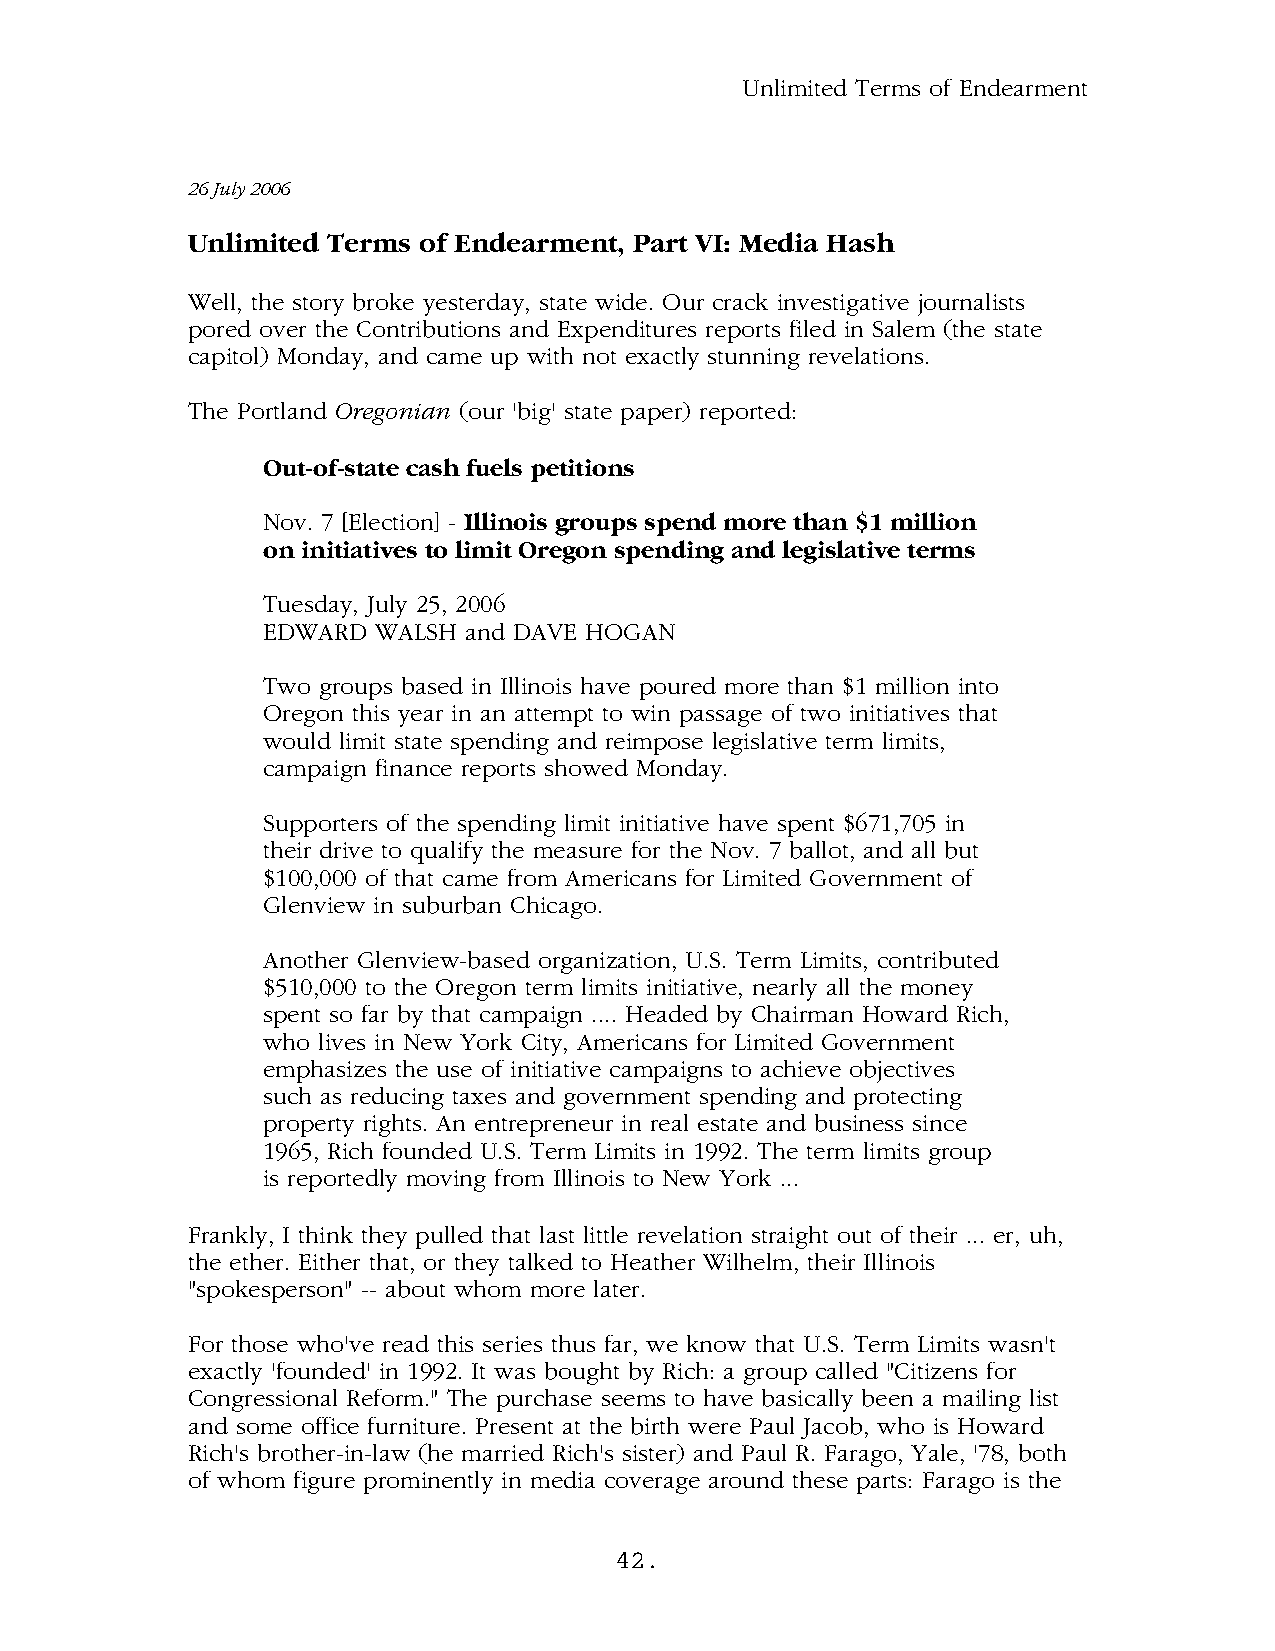
Unlimited Terms of Endearment
 26 July 2006
 Unlimited Terms of Endearment, Part VI: Media Hash
 Well, the story broke yesterday, state wide. Our crack investigative journalists
 pored over the Contributions and Expenditures reports filed in Salem (the state
 capitol) Monday, and came up with not exactly stunning revelations.
 The Portland Oregonian (our 'big' state paper) reported:
 Out-of-state cash fuels petitions
 Nov. 7 [Election] - Illinois groups spend more than $1 million
 on initiatives to limit Oregon spending and legislative terms
 Tuesday, July 25, 2006
 EDWARD  WALSH and DAVE HOGAN
 Two groups based in Illinois have poured more than $1 million into
 Oregon this year in an attempt to win passage of two initiatives that
 would limit state spending and reimpose legislative term limits,
 campaign finance reports showed Monday.
 Supporters of the spending limit initiative have spent $671,705 in
 their drive to qualify the measure for the Nov. 7 ballot, and all but
 $100,000 of that came from Americans for Limited Government of
 Glenview in suburban Chicago.
 Another Glenview-based organization, U.S. Term Limits, contributed
 $510,000 to the Oregon term limits initiative, nearly all the money
 spent so far by that campaign .... Headed by Chairman Howard Rich,
 who lives in New York City, Americans for Limited Government
 emphasizes the use of initiative campaigns to achieve objectives
 such as reducing taxes and government spending and protecting
 property rights. An entrepreneur in real estate and business since
 1965, Rich founded U.S. Term Limits in 1992. The term limits group
 is reportedly moving from Illinois to New York ...
 Frankly, I think they pulled that last little revelation straight out of their ... er, uh,
 the ether. Either that, or they talked to Heather Wilhelm, their Illinois
 "spokesperson" -- about whom more later.
 For those who've read this series thus far, we know that U.S. Term Limits wasn't
 exactly 'founded' in 1992. It was bought by Rich: a group called "Citizens for
 Congressional Reform." The purchase seems to have basically been a mailing list
 and some office furniture. Present at the birth were Paul Jacob, who is Howard
 Rich's brother-in-law (he married Rich's sister) and Paul R. Farago, Yale, '78, both
 of whom figure prominently in media coverage around these parts: Farago is the
 42.